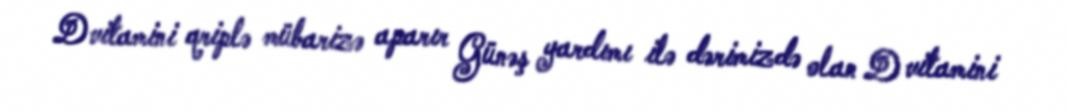
D vitamini qriplə mübarizə aparır Günəş yardımı ilə dərimizdə olan D vitamini